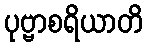
ပုဗ္ဗာစရိယာတိ